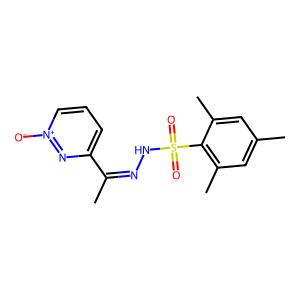
SMILES: CC(=NNS(=O)(=O)c1c(C)cc(C)cc1C)c1ccc[n+]([O-])n1
Inhibits HIV replication: No